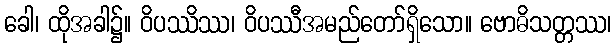
ခေါ၊ ထိုအခါ၌။ ဝိပဿိဿ၊ ဝိပဿီအမည်တော်ရှိသော။ ဗောဓိသတ္တဿ၊